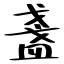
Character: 盞